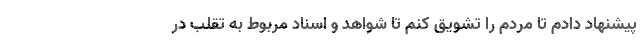
پیشنهاد دادم تا مردم را تشویق کنم تا شواهد و اسناد مربوط به تقلب در